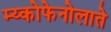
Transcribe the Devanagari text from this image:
म्य्कोफेनोलाते